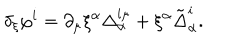
\delta _ { \xi } \varphi ^ { i } = \partial _ { \mu } \xi ^ { \alpha } \Delta _ { \alpha } ^ { i \mu } + \xi ^ { \alpha } \tilde { \Delta } _ { \alpha } ^ { i } .